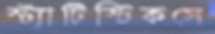
স্ট্যাটিস্টিকসে